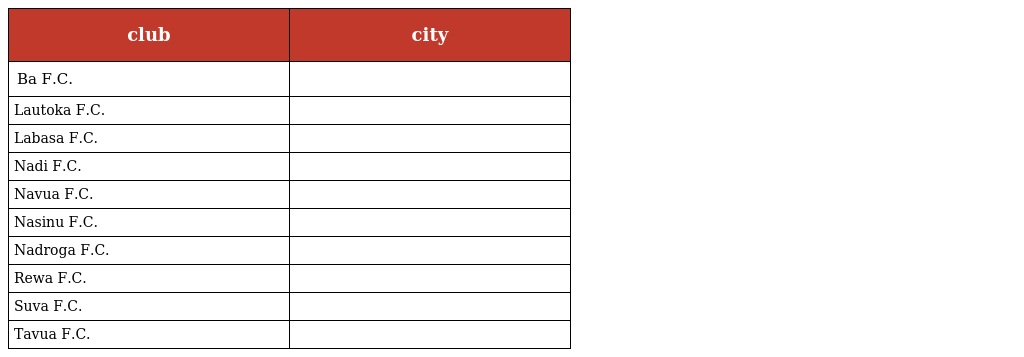
| club | city |
 | --- | --- |
 | Ba F.C. |  |
 | Lautoka F.C. |  |
 | Labasa F.C. |  |
 | Nadi F.C. |  |
 | Navua F.C. |  |
 | Nasinu F.C. |  |
 | Nadroga F.C. |  |
 | Rewa F.C. |  |
 | Suva F.C. |  |
 | Tavua F.C. |  |